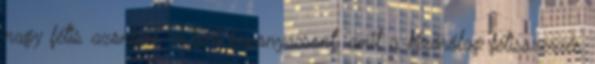
nagy fétis azonban emberi koponyacsont, amit a kizárólag fétisszerzés